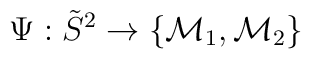
\Psi: \tilde{S}^2 \to \{{\cal M}_1, {\cal M}_2\}\,